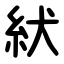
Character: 紎